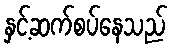
နှင့်ဆက်စပ်နေသည်